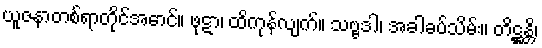
ယူဇနာတစ်ရာတိုင်အောင်။ ဖုဋာ၊ ထိကုန်လျက်။ သဗ္ဗဒါ၊ အခါခပ်သိမ်း။ တိဋ္ဌန္တိ၊